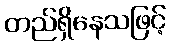
တည်ရှိနေသဖြင့်